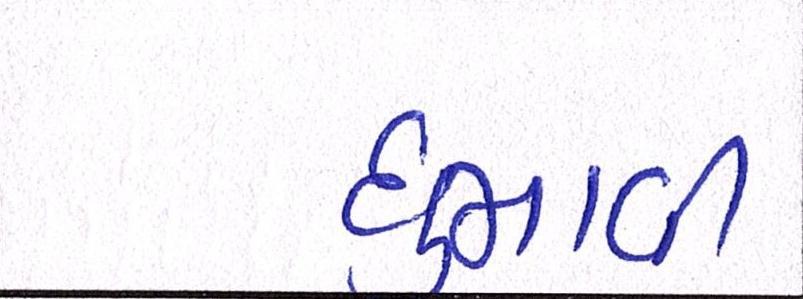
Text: ઘુમાવી